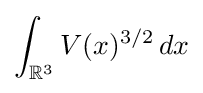
\int _{\mathbb {R} ^{3}}V(x)^{3/2}\,dx